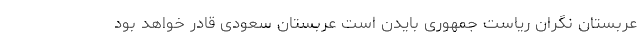
عربستان نگران ریاست جمهوری بایدن است عربستان سعودی قادر خواهد بود